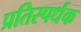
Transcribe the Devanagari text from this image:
प्रतिस्पर्धक